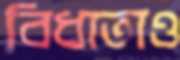
বিধাতাও